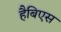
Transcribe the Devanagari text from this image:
हैबिएस